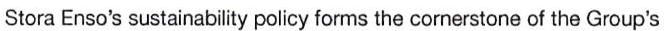
Stora Enso's sustainability policy forms the cornerstone of the Group's